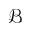
\mathcal { B }